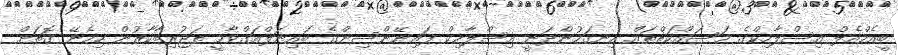
ބީއެމްއެލް އިސްލާމިކްގެ މަސައްކަތްތައް ހިނގަމުންދަނީ އިސްލާމިކް ފައިނޭންސިންގެ ބައިނަލްއަގްވާމީ ތަޖުރިބާކާރުން ހިމެނޭ ގޮތަށް